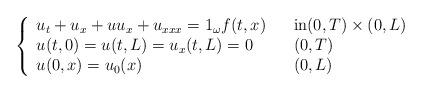
LaTeX: \begin{align*}\left\{\begin{array}[c]{lll}u_{t}+u_{x}+uu_{x}+u_{xxx}=1_{\omega}f( t,x) & & \text{in}( 0,T) \times( 0,L) \\u( t,0) =u( t,L) =u_{x}( t,L) =0 & &( 0,T) \\u( 0,x) =u_{0}( x) & & (0,L) \end{array}\right. \end{align*}